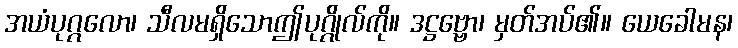
အယံပုဂ္ဂလော၊ သီလမရှိသောဤပုဂ္ဂိုလ်ကို။ ဒဋ္ဌဗ္ဗော၊ မှတ်အပ်၏။ ယေခေါမန၊